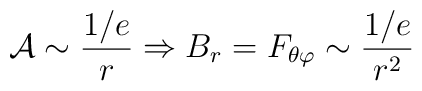
{\cal A} \sim \frac{1/e}{r} \Rightarrow B_r= F_{\theta\varphi} \sim\frac{1/e}{r^2}